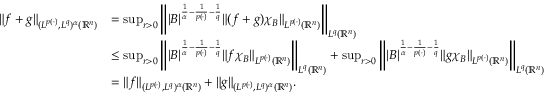
\begin{array} { r l } { \| f + g \| _ { ( L ^ { p ( \cdot ) } , L ^ { q } ) ^ { \alpha } ( \mathbb { R } ^ { n } ) } } & { = \operatorname* { s u p } _ { r > 0 } \left\| | B | ^ { \frac { 1 } { \alpha } - \frac { 1 } { p ( \cdot ) } - \frac { 1 } { q } } \| ( f + g ) \chi _ { B } \| _ { L ^ { p ( \cdot ) } ( \mathbb { R } ^ { n } ) } \right\| _ { L ^ { q } ( \mathbb { R } ^ { n } ) } } \\ & { \leq \operatorname* { s u p } _ { r > 0 } \left\| | B | ^ { \frac { 1 } { \alpha } - \frac { 1 } { p ( \cdot ) } - \frac { 1 } { q } } \| f \chi _ { B } \| _ { L ^ { p ( \cdot ) } ( \mathbb { R } ^ { n } ) } \right\| _ { L ^ { q } ( \mathbb { R } ^ { n } ) } + \operatorname* { s u p } _ { r > 0 } \left\| | B | ^ { \frac { 1 } { \alpha } - \frac { 1 } { p ( \cdot ) } - \frac { 1 } { q } } \| g \chi _ { B } \| _ { L ^ { p ( \cdot ) } ( \mathbb { R } ^ { n } ) } \right\| _ { L ^ { q } ( \mathbb { R } ^ { n } ) } } \\ & { = \| f \| _ { ( L ^ { p ( \cdot ) } , L ^ { q } ) ^ { \alpha } ( \mathbb { R } ^ { n } ) } + \| g \| _ { ( L ^ { p ( \cdot ) } , L ^ { q } ) ^ { \alpha } ( \mathbb { R } ^ { n } ) } . } \end{array}